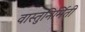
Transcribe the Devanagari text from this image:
वास्तुनिर्मिती